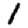
Digit: 1